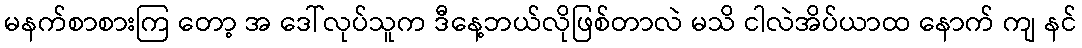
မနက်စာစားကြ တော့ အ ဒေါ်လုပ်သူက ဒီနေ့ဘယ်လိုဖြစ်တာလဲ မသိ ငါလဲအိပ်ယာထ နောက် ကျ နင်